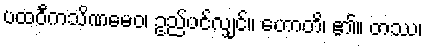
ပထဝီကသိဏမေဝ၊ ဥည်ပင်လျှင်။ ဟောတိ၊ ၏။ တဿ၊